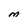
Character: M